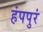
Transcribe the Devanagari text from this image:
हंपपुरं